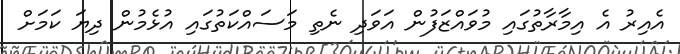
އެއިރު އެ އިމާރާތުގައި މުވައްޒަފުން އަވަދި ނެތި މަސައްކަތުގައި އުޅެމުން ދިޔަ ކަމަށް